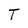
Character: T